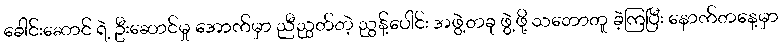
ခေါင်းဆောင် ရဲ့ ဦးဆောင်မှု အောက်မှာ ညီညွတ်တဲ့ ညွန့်ပေါင်း အဖွဲ့တခု ဖွဲ့ဖို့ သဘောတူ ခဲ့ကြပြီး နောက်တနေ့မှာ